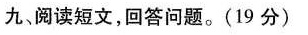
九，阅读短文，回答问题。(19分)